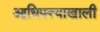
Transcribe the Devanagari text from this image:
आधिपत्त्याखाली